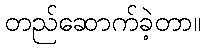
တည်ဆောက်ခဲ့တာ။